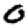
Digit: 0